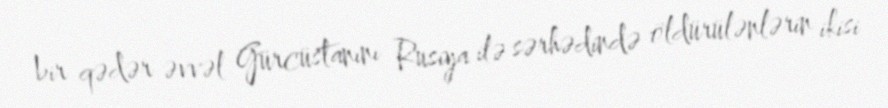
bir qədər əvvəl Gürcüstanını Rusiya ilə sərhədində öldürülənlərin ikisi